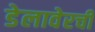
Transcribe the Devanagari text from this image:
डेलावेरची